Annual returns of the Patna Lunatic Asylum at Bankipore in Bihar and Orissa - 1912-1924
Year: 1912
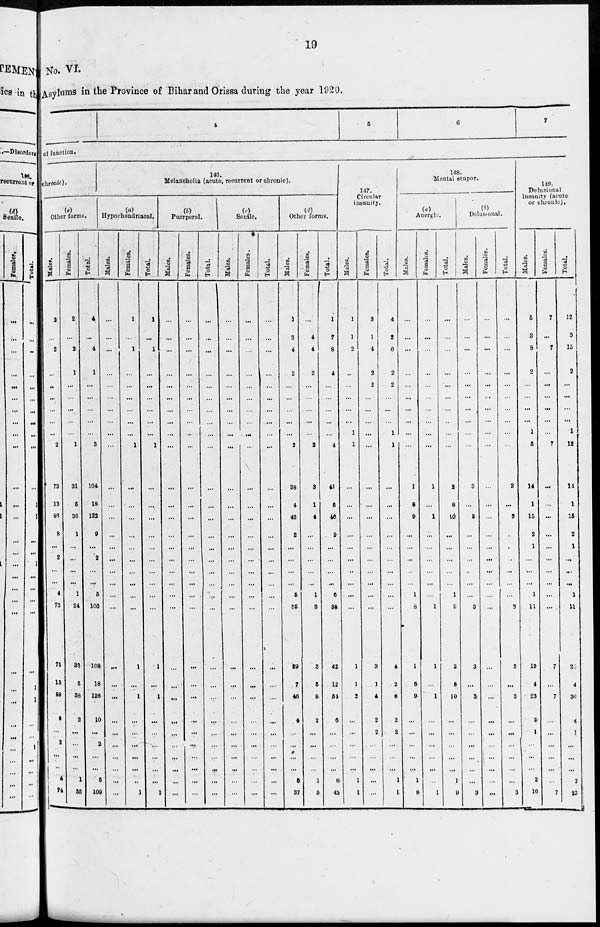
19
No. VI.
Asylums in the Province of Bihar and Orissa during the year 1920.
4
5
6
7
of function.
chronic).
(e)
Other forms.
Males.
2
...
2
...
..
...
...
...
...
2
73
13
86
8
...
2
...
...
4
72
75
13
88
8
...
2
...
...
4
74
Females.
2
...
2
1
...
...
...
...
...
1
31
5
36
1
...
...
...
...
1
34
33
5
38
2
...
...
...
...
1
35
Total.
4
...
4
1
...
...
...
...
...
3
104
18
122
9
...
2
...
...
5
106
108
18
126
10
...
2
...
...
5
109
140.
Melancholia (acute, recurrent or chronic).
(a)
Hypochondriacal.
Males.
...
...
...
...
...
...
...
...
...
...
...
...
...
...
...
...
...
...
...
...
...
...
...
...
...
...
...
...
...
...
Females.
1
...
1
...
...
...
...
...
...
1
...
...
...
...
...
...
...
...
...
...
1
...
1
...
...
...
...
...
..
1
Total.
1
...
1
...
...
...
...
...
...
1
...
...
...
...
...
...
...
...
...
...
1
...
1
...
...
...
...
...
...
1
(b)
Puerperal.
Males.
...
...
...
...
...
...
...
...
...
...
...
...
...
...
...
...
...
...
...
...
...
...
...
...
...
...
...
...
...
...
Females.
...
...
...
...
...
...
...
...
..
...
...
...
...
...
...
...
...
...
...
...
...
...
...
...
...
...
...
...
...
...
Total.
...
...
...
...
...
...
...
...
...
...
...
...
...
...
...
...
...
...
...
...
...
...
...
...
...
...
...
...
...
...
(c)
Senile.
Males.
...
...
...
...
...
...
...
...
...
...
...
...
...
...
...
...
...
...
...
...
...
...
...
...
...
...
...
...
...
...
Females.
...
...
...
...
...
...
...
...
...
...
...
...
...
...
...
...
...
...
...
...
...
...
...
...
...
...
...
...
...
...
Total.
...
...
...
...
...
...
...
...
...
...
...
...
...
...
...
...
...
...
...
...
...
...
...
...
...
...
...
...
...
...
(d)
Other forms.
Males.
1
3
4
2
...
...
...
...
...
2
38
4
42
2
...
...
...
...
5
85
39
7
43
4
...
...
...
...
5
37
Females.
...
4
4
2
...
...
...
...
...
2
3
1
4
...
...
...
...
...
1
3
3
5
8
2
...
...
...
...
1
5
Total.
1
7
8
4
...
...
...
...
...
4
41
5
46
2
...
...
...
...
6
88
42
12
51
6
...
...
...
...
6
42
147.
Circular
insanity.
Males.
1
1
2
..
...
...
...
...
1
1
...
...
...
...
...
...
...
...
...
...
1
1
2
...
...
...
...
...
1
1
Females.
3
1
4
2
2
...
...
...
...
...
...
...
...
...
...
...
...
...
...
...
3
1
4
2
2
...
...
...
...
...
Total.
4
2
6
2
2
...
...
...
1
1
...
...
...
...
...
...
...
...
...
...
4
2
6
2
2
...
...
...
1
1
148.
Mental stupor.
(a)
Anergic.
Males.
...
...
...
...
...
...
...
...
...
...
1
8
9
...
...
...
...
...
1
8
1
8
9
...
...
...
...
...
1
8
Females.
...
...
...
...
...
...
...
...
...
...
1
...
1
...
...
...
...
...
...
1
1
...
1
...
...
...
...
...
...
1
Total.
...
...
...
...
...
...
...
...
...
...
2
8
10
...
...
...
...
...
1
9
2
8
10
...
...
...
...
...
1
9
(b)
Delusional.
Males.
...
...
...
...
...
...
...
...
...
...
3
...
3
...
...
...
...
...
...
3
3
...
3
...
...
...
...
...
...
3
Females.
...
...
...
...
...
...
...
...
...
...
...
...
...
...
...
...
...
...
...
...
...
...
...
...
...
...
...
...
...
...
Total.
...
...
...
...
...
...
...
...
...
...
3
...
3
...
...
...
...
...
...
3
3
...
3
...
...
...
...
...
...
3
149.
Delusional
insanity (acute
or chronic).
Males.
5
3
8
2
...
...
...
...
1
5
14
1
15
2
1
...
...
...
1
11
19
4
23
4
1
...
...
...
2
16
Females.
7
...
7
...
...
...
...
...
...
7
...
...
...
...
...
...
...
...
...
...
7
...
7
...
...
...
...
...
...
7
Total.
12
3
15
2
...
...
...
...
1
12
14
1
15
2
1
...
...
...
1
11
26
4
30
4
1
...
...
...
2
23